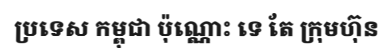
ប្រទេស កម្ពុជា ប៉ុណ្ណោះ ទេ តែ ក្រុមហ៊ុន